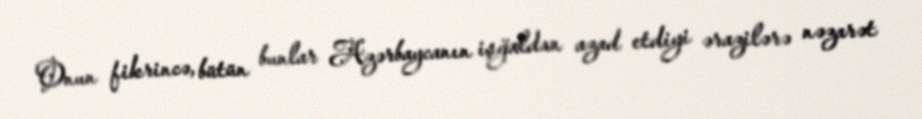
Onun fikrincə, bütün bunlar Azərbaycanın işğaldan azad etdiyi ərazilərə nəzarət